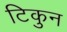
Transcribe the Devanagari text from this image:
टिकुन